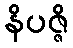
နိပဇ္ဇိ